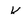
Character: K